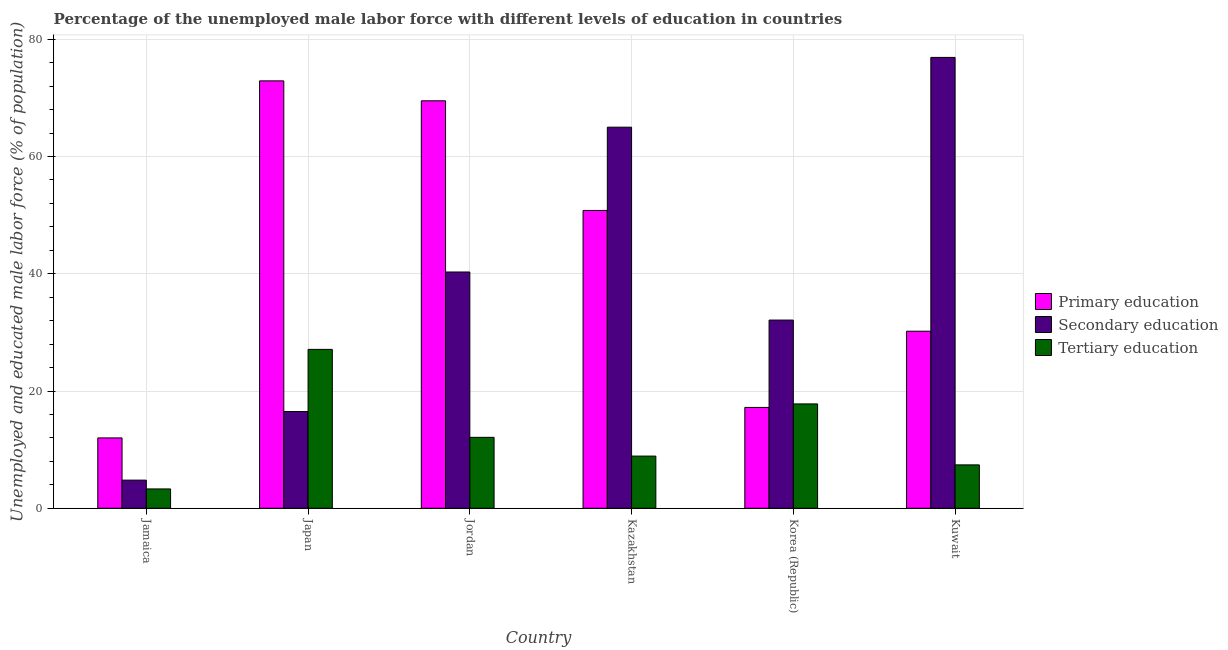
| Country | Primary education | Secondary education | Tertiary education |
 | --- | --- | --- | --- |
 | Jamaica | 12 | 4.8 | 3.3 |
 | Japan | 72.9 | 16.5 | 27.1 |
 | Jordan | 69.5 | 40.3 | 12.1 |
 | Kazakhstan | 50.8 | 65 | 8.9 |
 | Korea (Republic) | 17.2 | 32.1 | 17.8 |
 | Kuwait | 30.2 | 76.9 | 7.4 |